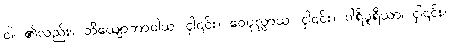
ဝါ၊ ၏လည်း။ ဘိယျောဘာဝါယ၊ ငှါ၎င်း။ ဝေပုလ္လာယ၊ ငှါ၎င်း။ ပါရိပူရိယာ၊ ငှါ၎င်း။